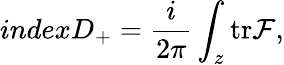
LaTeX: indexD_{+}=\frac{i}{2\pi}\int_{z}\mathrm{tr}{\cal F},